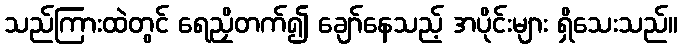
သည်ကြားထဲတွင် ရေညှိတက်၍ ချော်နေသည့် အပိုင်းများ ရှိသေးသည်။